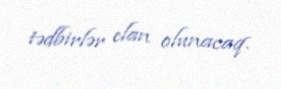
tədbirlər elan olunacaq.